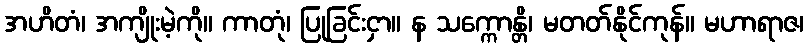
အဟိတံ၊ အကျိုးမဲ့ကို။ ကာတုံ၊ ပြုခြင်းငှာ။ န သက္ကောန္တိ၊ မတတ်နိုင်ကုန်။ မဟာရာဇ၊